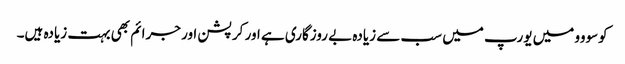
کوسووو میں یورپ میں سب سے زیادہ بے روزگاری ہے اور کرپشن اور جرائم بھی بہت زیادہ ہیں۔